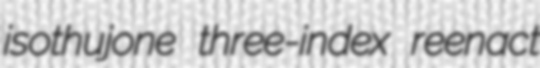
isothujone three-index reenact